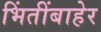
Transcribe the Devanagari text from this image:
भिंतींबाहेर